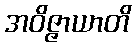
အဝိဇ္ဇာယာတိ